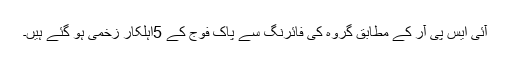
آئی ایس پی آر کے مطابق گروہ کی فائرنگ سے پاک فوج کے 5اہلکار زخمی ہو گئے ہیں۔